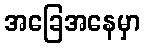
အခြေအနေမှာ